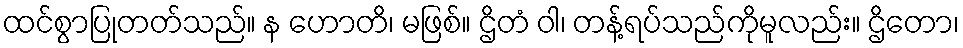
ထင်စွာပြုတတ်သည်။ န ဟောတိ၊ မဖြစ်။ ဌိတံ ဝါ၊ တန့်ရပ်သည်ကိုမူလည်း။ ဌိတော၊